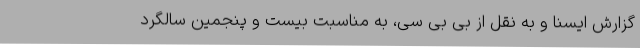
گزارش ایسنا و به نقل از بی بی سی، به مناسبت بیست و پنجمین سالگرد